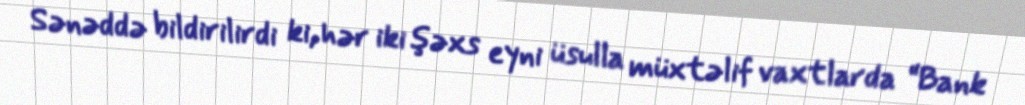
Sənəddə bildirilirdi ki, hər iki şəxs eyni üsulla müxtəlif vaxtlarda “Bank